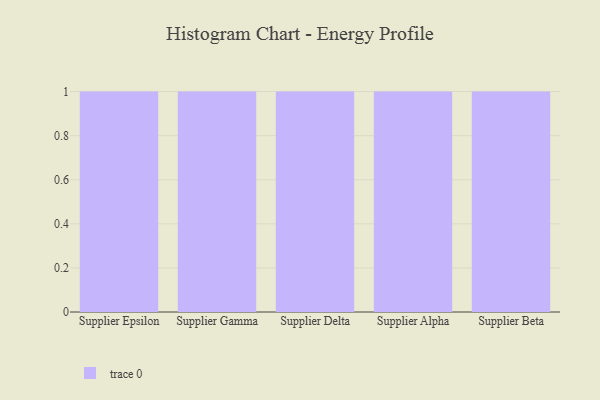
{"axis": {"x": "Supplier", "y": "Waste Production (Tons)"}, "legend": [""], "data": [{"x": "Supplier Epsilon", "y": 1, "type": ""}, {"x": "Supplier Gamma", "y": 16, "type": ""}, {"x": "Supplier Delta", "y": 17, "type": ""}, {"x": "Supplier Alpha", "y": 48, "type": ""}, {"x": "Supplier Beta", "y": 50, "type": ""}]}